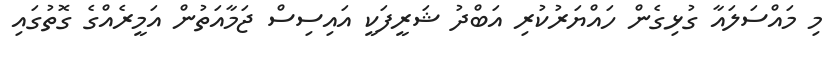
މި މައްސަލައާ ގުޅިގެން ހައްޔަރުކުރި އަބްދު ޝަރީފަކީ އައިސިސް ޖަމާއަތުން އަމީރެއްގެ ގޮތުގައި